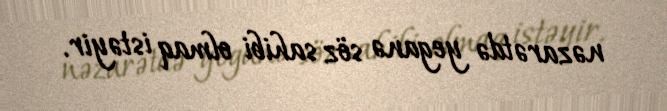
nəzarətdə yeganə söz sahibi olmaq istəyir.